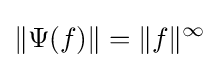
\|\Psi (f)\|=\|f\|^{\infty }